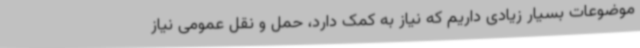
موضوعات بسیار زیادی داریم که نیاز به کمک دارد، حمل و نقل عمومی نیاز